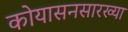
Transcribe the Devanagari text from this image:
कोयासनसारख्या